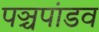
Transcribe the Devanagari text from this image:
पञ्चपांडव